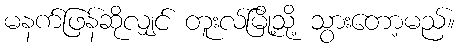
မနက်ဖြန်ဆိုလျှင် တူးလ်မြို့သို့ သွားတော့မည်။